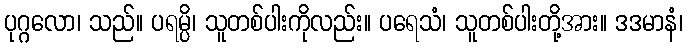
ပုဂ္ဂလော၊ သည်။ ပရမ္ပိ၊ သူတစ်ပါးကိုလည်း။ ပရေသံ၊ သူတစ်ပါးတို့အား။ ဒဒမာနံ၊